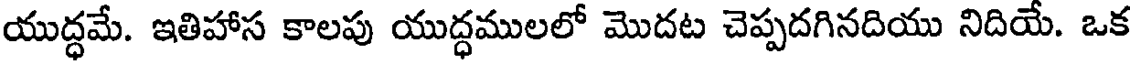
యుద్ధమే. ఇతిహాస కాలపు యుద్ధములలో మొదట చెప్పదగినదియు నిదియే. ఒక